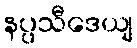
နပ္ပသီဒေယျ